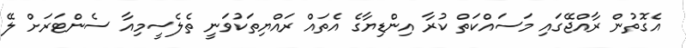
އެގޮތުން ރާއްޖޭގައި މަސައްކަތް ކުރާ އިންޑިޔާގެ އެތައް ރައްޔިތަކުވަނީ ތެލެސީމިއާ ސެންޓަރަށް ލޭ